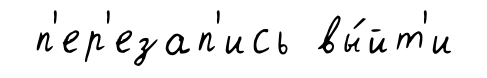
п'ер'езап'ись вы́йт'и